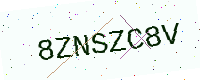
Text: 8ZNSZC8V